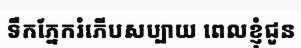
ទឹកភ្នែករំភើបសប្បាយ ពេលខ្ញុំជូន